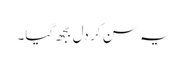
یہ سن کر دل بجھ گیا۔